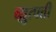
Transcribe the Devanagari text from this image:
व्य़ुत्पत्ती